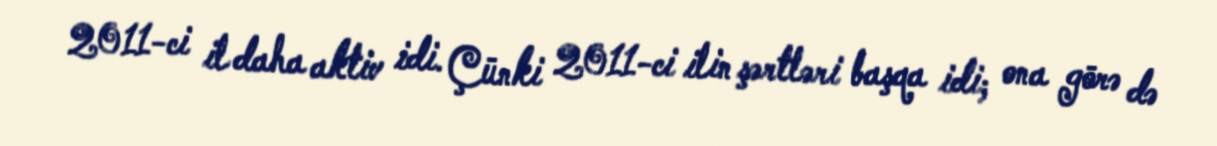
2011-ci il daha aktiv idi. Çünki 2011-ci ilin şərtləri başqa idi; ona görə də